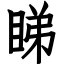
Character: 睇